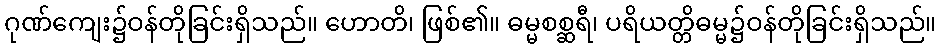
ဂုဏ်ကျေး၌ဝန်တိုခြင်းရှိသည်။ ဟောတိ၊ ဖြစ်၏။ ဓမ္မစစ္ဆရီ၊ ပရိယတ္တိဓမ္မ၌ဝန်တိုခြင်းရှိသည်။